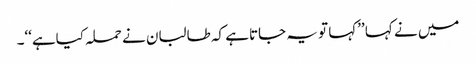
میں نے کہا ’’کہا تو یہ جاتاہے کہ طالبان نے حملہ کیاہے‘‘۔